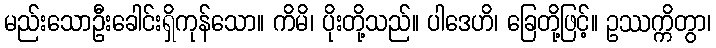
မည်းသောဦးခေါင်းရှိကုန်သော။ ကိမိ၊ ပိုးတို့သည်။ ပါဒေဟိ၊ ခြေတို့ဖြင့်။ ဥဿက္ကိတွာ၊